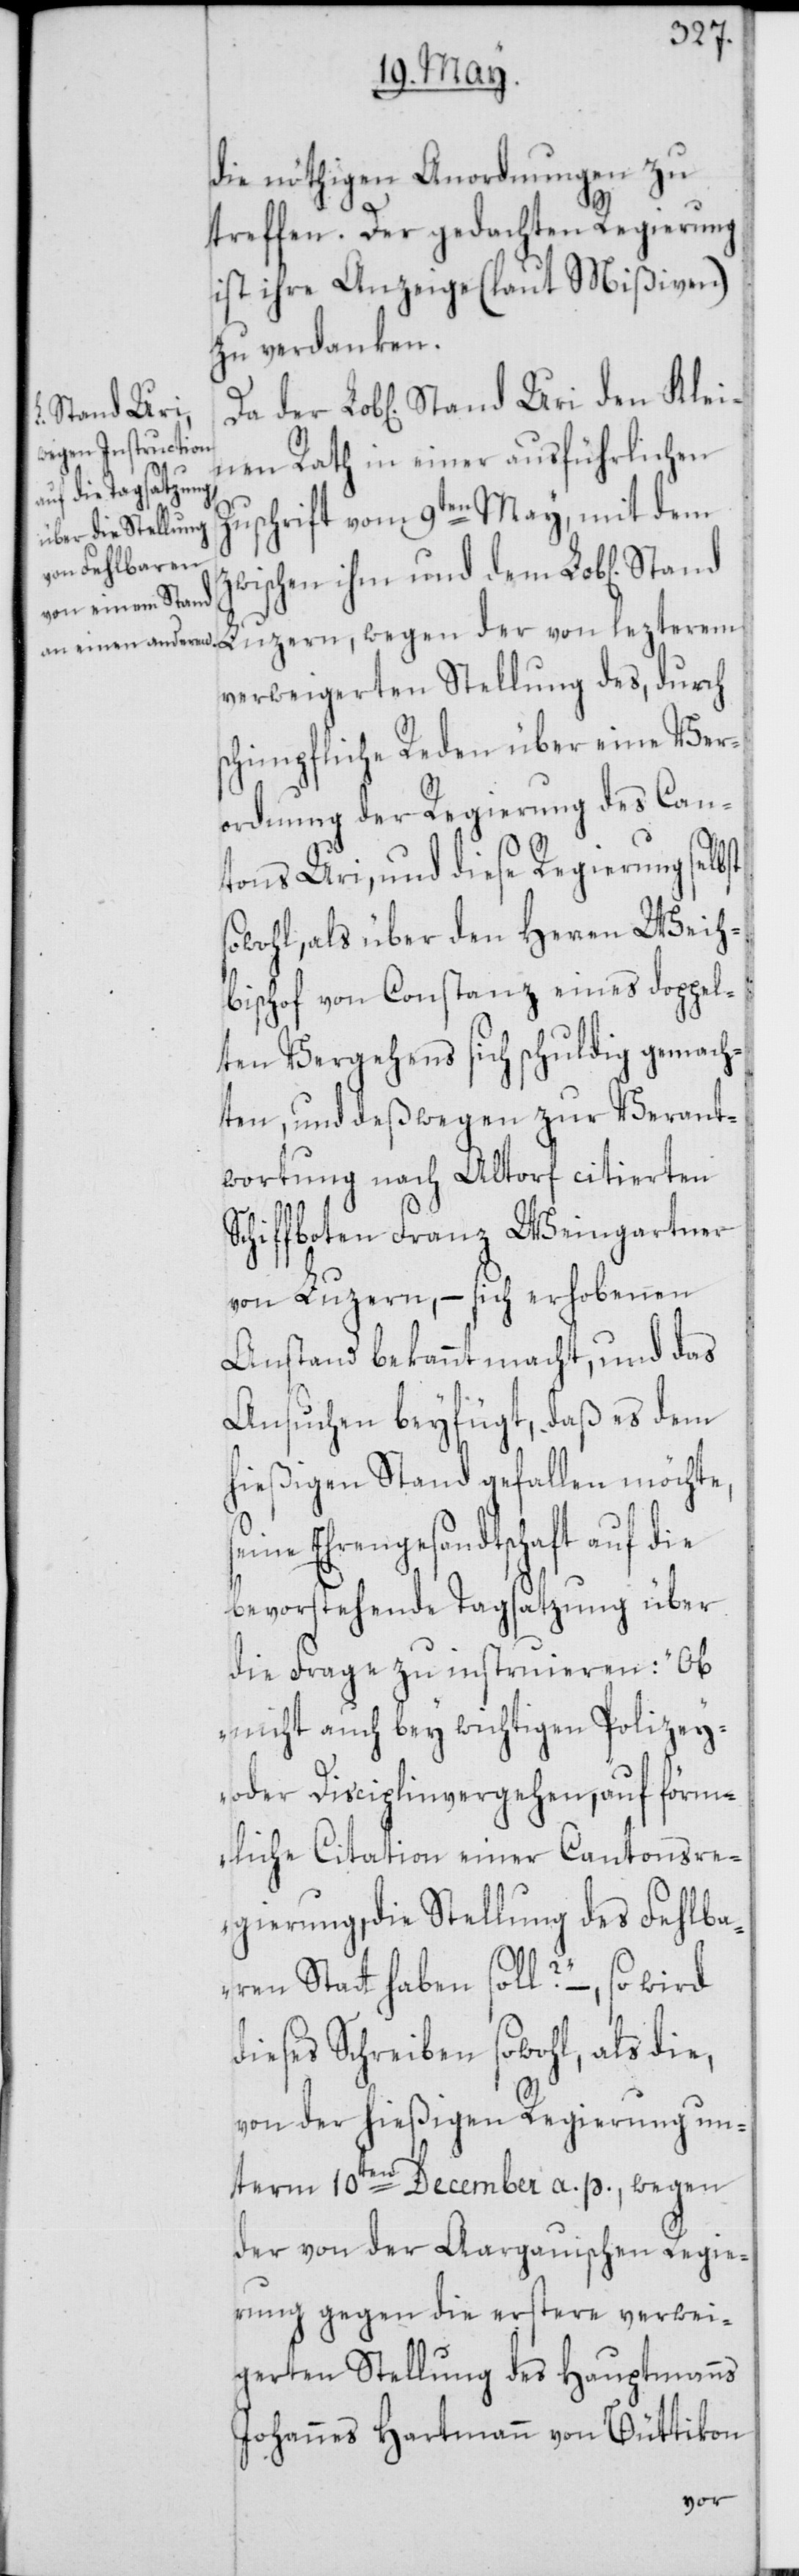
die nöthigen Anordnungen zu
treffen. Der gedachten Regierung
ist ihre Anzeige (laut Mißiven)
zu verdanken.
Stand Uri
nen Rath in einer ausführlichen
den Klei¬
Zuschrift vom 9ten May, mit dem
zwischen ihm und dem Lob[lichen]
Luzern, wegen der von lezterem
verweigerten Stellung des, durch
schimpfliche Reden über eine Ver¬
ordnung der Regierung des Can¬
tons Uri, und diese Regierung selbst
sowohl, als über den Herren Weih¬
bischof von Constanz eines doppel¬
ten Vergehens sich schuldig gemach¬
ten, und deßwegen zur Verant¬
wortung nach Altdorf citierten
Schiffboten Franz Weingartner
von Luzern, – sich erhobenen
Anstand bekannt macht, und das
Ansuchen beyfügt, daß es dem
hießigen Stand gefallen möchte,
Ehrengesandtschaft auf die
bevorstehende Tagsatzung über
die Frage zu instruieren: „Ob
nicht auch bey wichtigen Polizey-
oder Disciplinvergehen, auf förm¬
liche Citation einer Cantonsre¬
gierung, die Stellung des Fehlba¬
ren Statt haben soll?“ –, so wird
dieses Schreiben sowohl, als die,
von der hießigen Regierung un¬
term 10ten December a. p., wegen
der von der Aargauischen Regie¬
rung gegen die erstere verwei¬
gerten Stellung des Hauptmanns
Johannes Hartmann von Büttikon